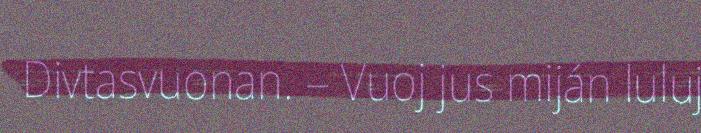
Divtasvuonan. – Vuoj jus miján luluj